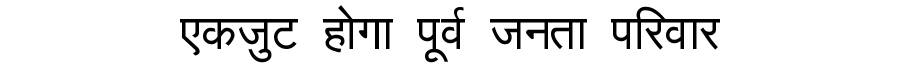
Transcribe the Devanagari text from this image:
एकजुट होगा पूर्व जनता परिवार